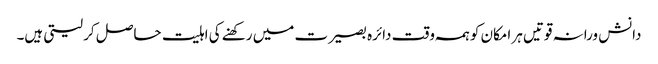
دانش ورانہ قوتیں ہر امکان کو ہمہ وقت دائرہ بصیرت میں رکھنے کی اہلیت حاصل کر لیتی ہیں۔